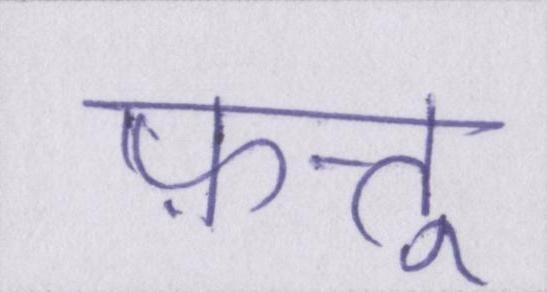
फ़त्तू